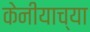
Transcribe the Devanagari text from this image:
केनीयाच्या